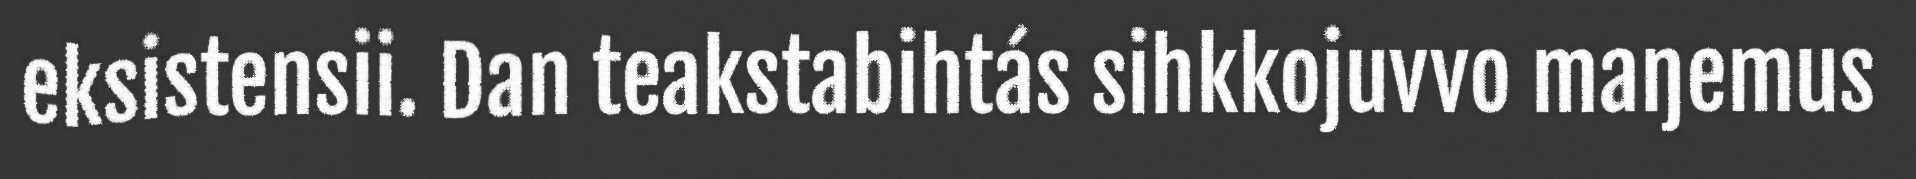
eksistensii. Dan teakstabihtás sihkkojuvvo maŋemus